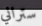
ستراني